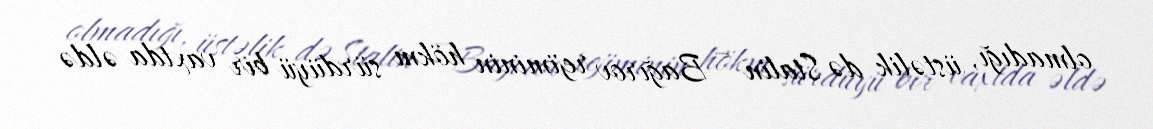
olmadığı, üstəlik də Stalin – Bağırov rejiminin hökm sürdüyü bir vaxtda əldə